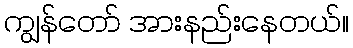
ကျွန်တော် အားနည်းနေတယ်။